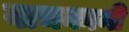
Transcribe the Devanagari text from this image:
वाचकानी